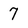
Character: 7